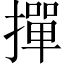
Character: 撣